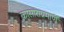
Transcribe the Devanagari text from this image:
कासाराप्रमाणें